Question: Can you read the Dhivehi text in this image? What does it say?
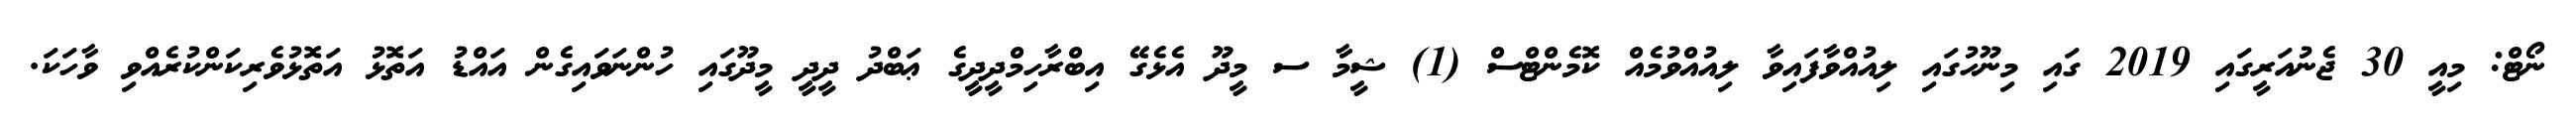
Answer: ނޯޓް: މިއީ 30 ޖެނުއަރީގައި 2019 ގައި މިނޫހުގައި ލިއުއްވާފައިވާ ލިއުއްވުމެއް ކޮމެންޓްސް (1) ޝީމާ ސ މީދޫ އެޅެގޭ އިބްރާހިމްދީދީގެ ޢަބްދު ދީދީ މީދޫގައި ހުންނަވައިގެން އައްޑު އަތޮޅު އަތޮޅުވެރިކަންކުރެއްވި ވާހަކަ.